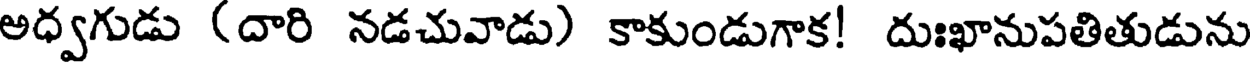
అధ్వగుడు (దారి నడచువాడు) కాకుండుగాక! దుఃఖానుపతితుడును